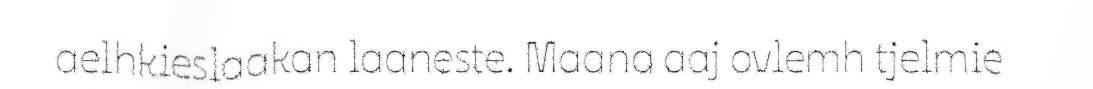
aelhkieslaakan laaneste. Maana aaj ovlemh tjelmie